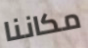
مكاننا